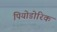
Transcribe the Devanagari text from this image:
पियोडोरिक